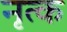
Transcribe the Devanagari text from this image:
नृत्क